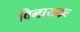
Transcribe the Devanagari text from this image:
विनायकः